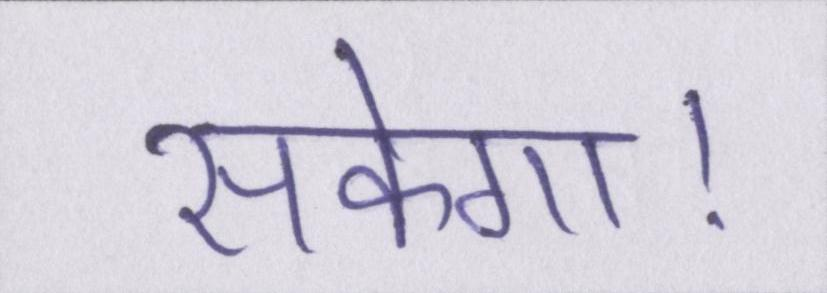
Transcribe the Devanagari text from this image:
सकेगा।